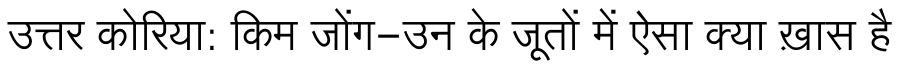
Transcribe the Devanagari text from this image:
उत्तर कोरिया: किम जोंग-उन के जूतों में ऐसा क्या ख़ास है